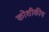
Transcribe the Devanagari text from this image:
कोशीकीय